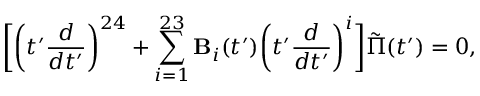
\biggl [ \biggl ( t ^ { \prime } { \frac { d } { d t ^ { \prime } } } \biggr ) ^ { 2 4 } + \sum _ { i = 1 } ^ { 2 3 } { \bf B } _ { i } ( t ^ { \prime } ) \biggl ( t ^ { \prime } { \frac { d } { d t ^ { \prime } } } \biggr ) ^ { i } \biggr ] \tilde { \Pi } ( t ^ { \prime } ) = 0 ,